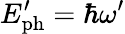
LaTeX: E_{\mathrm{ph}}^{\prime}=\hbar\omega^{\prime}